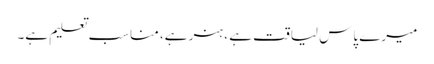
میرے پاس لیاقت ہے ، ہنر ہے، مناسب تعلیم ہے۔